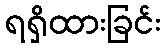
ရရှိထားခြင်း